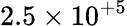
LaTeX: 2.5\times 10^{+5}